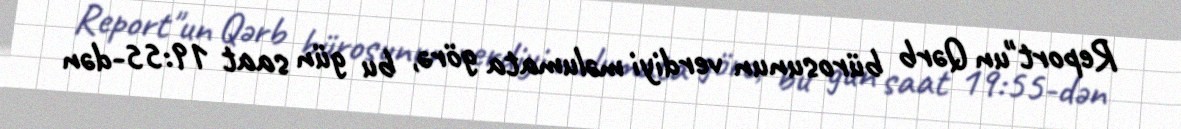
Report"un Qərb bürosunun verdiyi məlumata görə, bu gün saat 19:55-dən